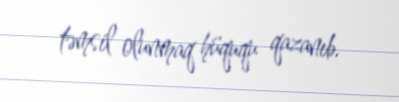
təmsil olunmaq hüququ qazanıb.